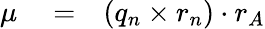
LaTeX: \begin{array}{rlr}{\mu}&{{}=}&{(q_{n}\times r_{n})\cdot r_{A}}\end{array}